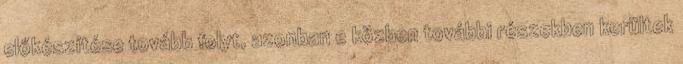
előkészítése tovább folyt, azonban e közben további részekben kerültek